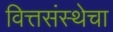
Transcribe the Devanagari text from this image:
वित्तसंस्थेचा